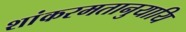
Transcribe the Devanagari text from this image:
शांकरमतानुयायि